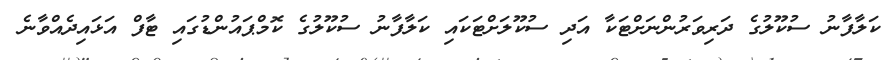
ކަލާފާނު ސުކޫލުގެ ދަރިވަރުންނަށްޓަކާ އަދި ސުކޫލަށްޓަކައި ކަލާފާނު ސުކޫލުގެ ކޮމްޕައުންޑުގައި ޓާފް އަޅައިދެއްވާނެ